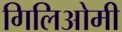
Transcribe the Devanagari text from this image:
गिलिओमी